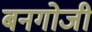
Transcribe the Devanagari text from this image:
बनगोजी